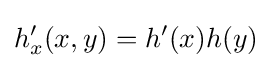
h_{x}'(x,y)=h'(x)h(y)